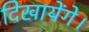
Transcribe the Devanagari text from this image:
दिखायेंगे।